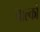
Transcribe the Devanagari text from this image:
चाल्को